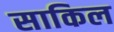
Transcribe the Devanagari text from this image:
साकिल